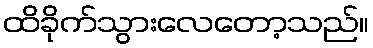
ထိခိုက်သွားလေတော့သည်။